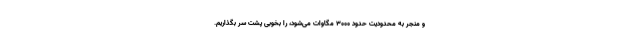
و منجر به محدودیت حدود ۳۰۰۰ مگاوات می‌شود، را بخوبی پشت سر بگذاریم.